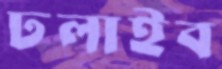
ঢলাইব